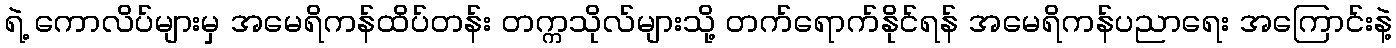
ရဲ့ ကောလိပ်များမှ အမေရိကန်ထိပ်တန်း တက္ကသိုလ်များသို့ တက်ရောက်နိုင်ရန် အမေရိကန်ပညာရေး အကြောင်းနဲ့